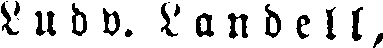
Ludv. Landell,